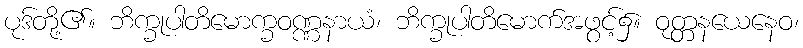
ပုဒ်တို့၏။ ဘိက္ခုပါတိမောက္ခဝဏ္ဏနာယံ၊ ဘိက္ခုပါတိမောက်အဖွင့်၌။ ဝုတ္တနယေနေဝ၊